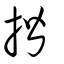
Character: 揩